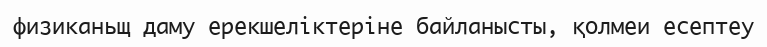
физиканьщ даму ерекшеліктеріне байланысты, қолмеи есептеу